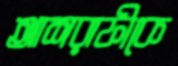
আশরাফীকে